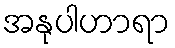
အနုပါဟာရာ